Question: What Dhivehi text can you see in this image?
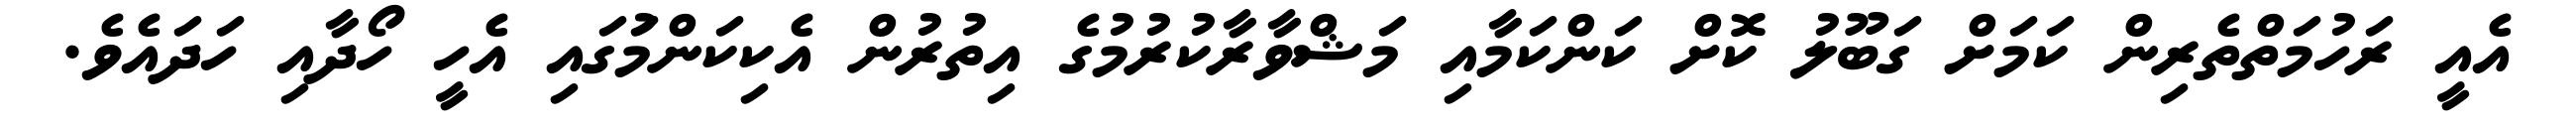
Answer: އެއީ ރަހުމަތްތެރިން ކަމަށް ގަބޫލު ކޮށް ކަންކަމާއި މަޝްވާރާކުރުމުގެ އިތުރުން އެކިކަންމަުގައި އެހީ ހޯދާއި ހަދައެވެ.